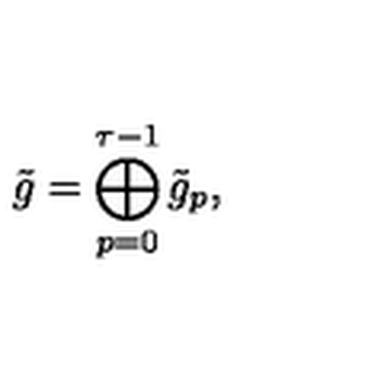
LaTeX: \tilde { g } = \bigoplus _ { p = 0 } ^ { \tau - 1 } \tilde { g } _ { p } ,